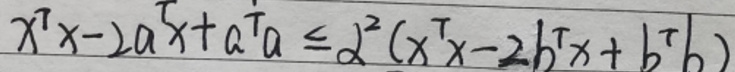
$x^{\top}x - 2a^{\top}x + a^{\top}a \leq \lambda^{2}(x^{\top}x - 2b^{\top}x + b^{\top}b)$